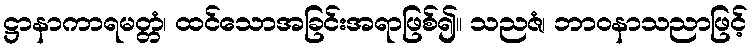
ဋ္ဌာနာကာရမတ္တံ၊ ထင်သောအခြင်းအရာဖြစ်၍။ သညဇံ၊ ဘာဝနာသညာဖြင့်